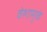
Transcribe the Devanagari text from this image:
वेशामुळे